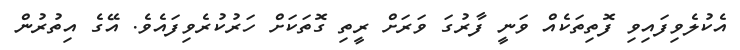
އެކުލެވިފައިވި ފޮތިތަކެއް ވަނީ ފާރުގަ ވަރަށް ރީތި ގޮތަކަށް ހަރުކުރެވިފައެވެ. އޭގެ އިތުރުން